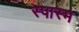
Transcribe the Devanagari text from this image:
स्पास्म